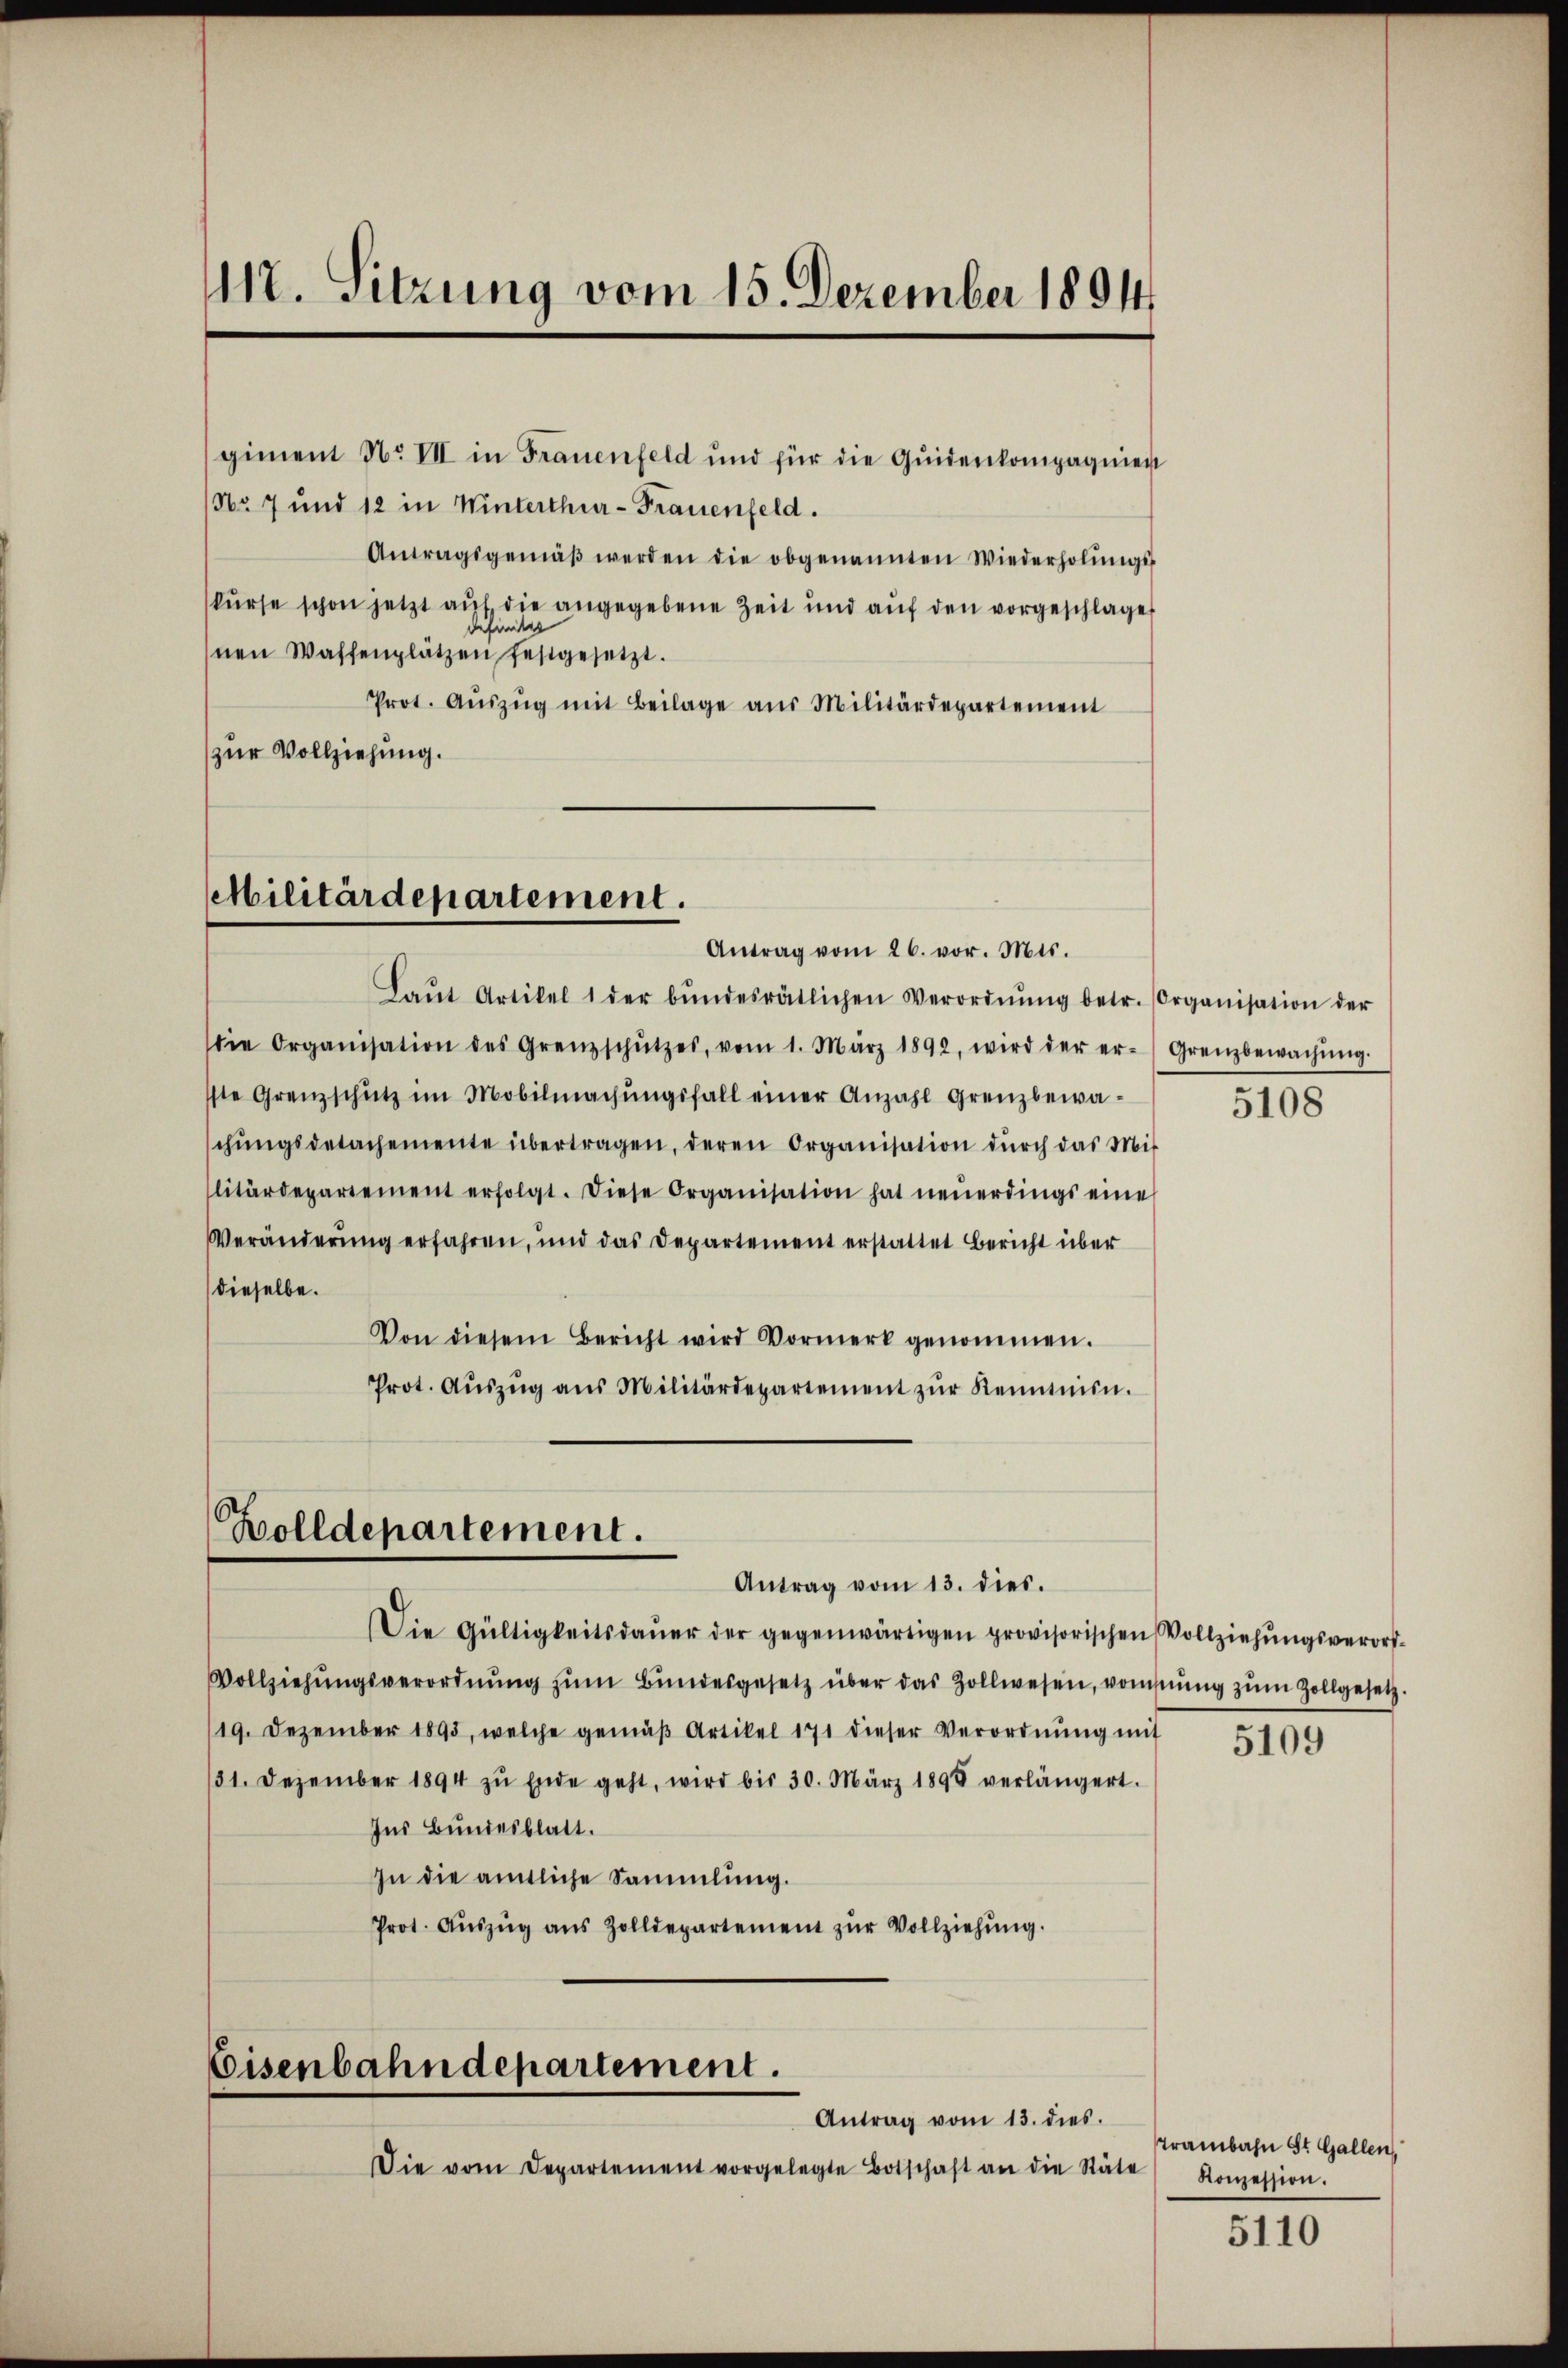
117. Sitzung vom 15. Dezember 1891

giment No VII in Frauenfeld und für die Quidenkompagnien
No 7 und 12 in Winterthur-Frauenfeld.
Antragsgemäβ werden die obgenannten Wiederholŭngs-
kŭrse schon jetzt aŭf die angegebene Zeit und aŭf den vorgeschlage
befunter
nen Waffenplätzen festgesetzt.
Prot. Aŭszŭg mit Beilage aus Militärdepartement
zur Vollziehung.

Militärdepartement.
Antrag vom 26. vor. Mts.

Bolldepartement.
Antrag vom 13. dies.

Laŭt Artikel 1 der bŭndesrätlichen Verordnŭng betr. Organisation der
Die Organisation des Grenzschützes, vom 1. März 1892, wird der er-Grenzbewachŭng.
ste Grenzschütz im Mobilmachŭngsfall einer Anzahl grenzbewa-
chŭngsdetachemente übertragen, deren Organisation dŭrch das Mit
litärdepartement erfolgt. Diese Organisation hat neŭerdings eine
Veränderŭng erfahren, und das Departement erstattet Bericht über
dieselbe.
Von diesem Bericht wird Vormerk genommen.
Prot. Aŭszŭg aŭs Militärdepartement zŭr Kenntnisn.

Eisenbahndepartement.
Antrag vom 13. dies.

Die vom Departement vorgelegte Botschaft an die Stäte Konzession.

Die Gültigkeitsdaŭer der gegenwärtigen provisorischen Vollziehungsverord¬
Vollziehŭngsverordnŭng zŭm Bŭndesgesetz über das Zollwesen, vomsnŭng zŭm Zollgesetz.
19. Dezember 1895, welche gemäβ Artikel 171 dieser Verordnŭng mit
131. Dezember 1894 zŭ Ende geht, wird bis 30. März 1898 verlängert.
Ins Bundesblatt.
In die amtliche Sammlung.
Prot. Aŭszŭg aŭs Zolldepartement zŭr Vollziehŭng.

5108

5109

Trambahn St. Gallen,

5110